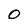
Character: 0